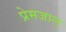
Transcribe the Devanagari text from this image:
प्रेमजाल